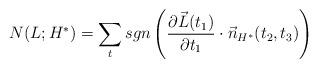
LaTeX: \begin{align*}N(L; H^{*}) = \sum_{t} sgn \left( \frac{\partial \vec{L}(t_{1})}{\partial t_{1}}\cdot \vec{n}_{H^{*}}(t_{2}, t_{3}) \right)\end{align*}